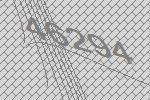
46294